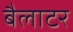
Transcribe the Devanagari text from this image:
बैलाटर